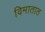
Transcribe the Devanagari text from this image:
विमातात